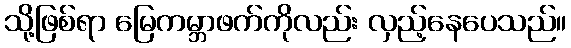
သို့ဖြစ်ရာ မြေကမ္ဘာဖက်ကိုလည်း လှည့်နေပေသည်။